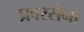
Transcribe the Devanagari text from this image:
प्रवरसेना